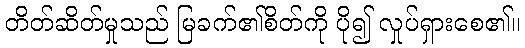
တိတ်ဆိတ်မှုသည် မြခက်၏စိတ်ကို ပို၍ လှုပ်ရှားစေ၏။